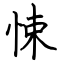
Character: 悚